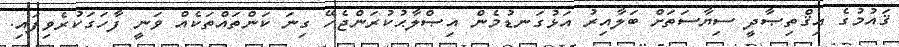
ޤައުމުގެ އިޤްތިޞާދީ ސިޔާސަތަށް ބަލާއިރު އަޅުގަނޑުމެން އިޞްލާޙުކުރަންޖެހޭ ގިނަ ކަންތައްތަކެއް ވަނީ ފާހަގަކުރެވިފައި.